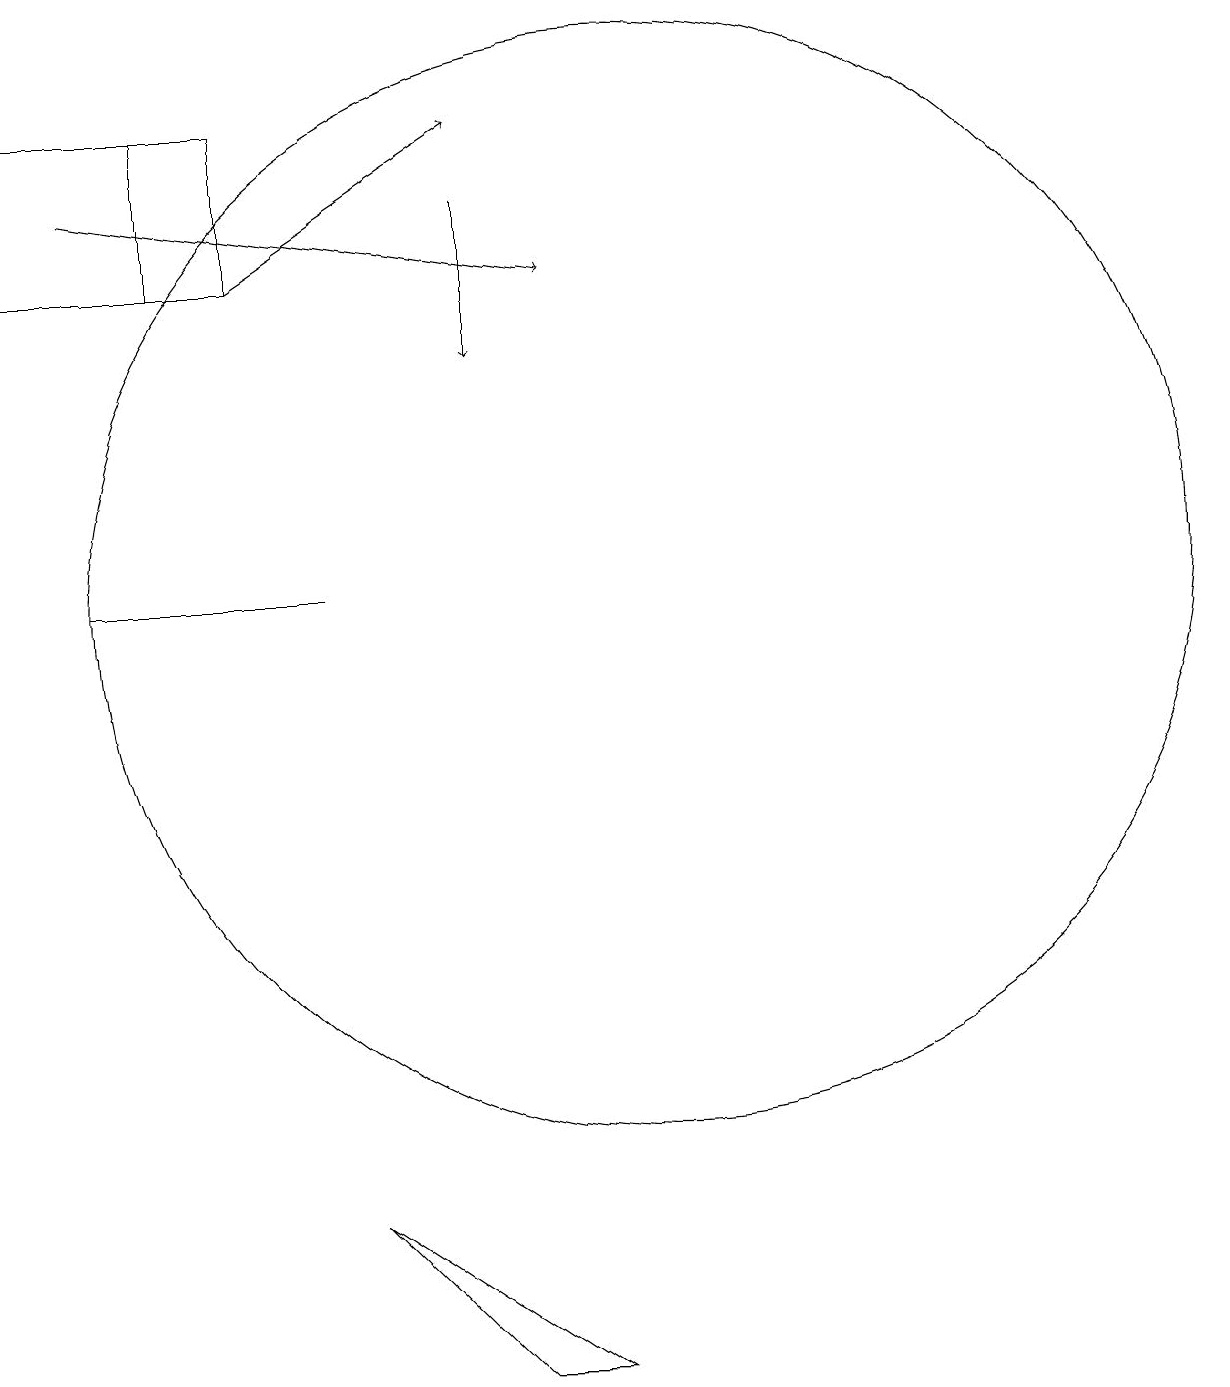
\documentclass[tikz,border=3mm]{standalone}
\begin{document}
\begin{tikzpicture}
\draw (3,12) rectangle (6,12);
\draw (4,16) rectangle (5,18);
\draw[->] (3,17) -- (9,16);
\draw[->] (5,16) -- (8,18);
\draw (4,18) rectangle (2,16);
\draw (10,12) circle (7);
\draw (6,4) -- (8,2) -- (9,2) -- cycle;
\draw[->] (8,17) -- (8,15);
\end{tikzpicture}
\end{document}